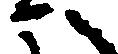
へ